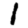
Digit: 1